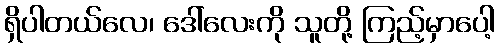
ရှိပါတယ်လေ၊ ဒေါ်လေးကို သူတို့ ကြည့်မှာပေါ့